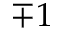
\mp 1